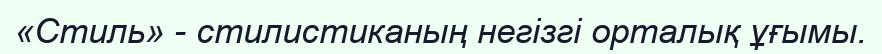
«Стиль» - стилистиканың негізгі орталық ұғымы.